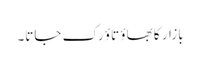
بازار کا بھاؤ تاؤ رک جاتا۔